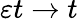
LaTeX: \varepsilon t\to t